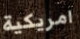
امريكية